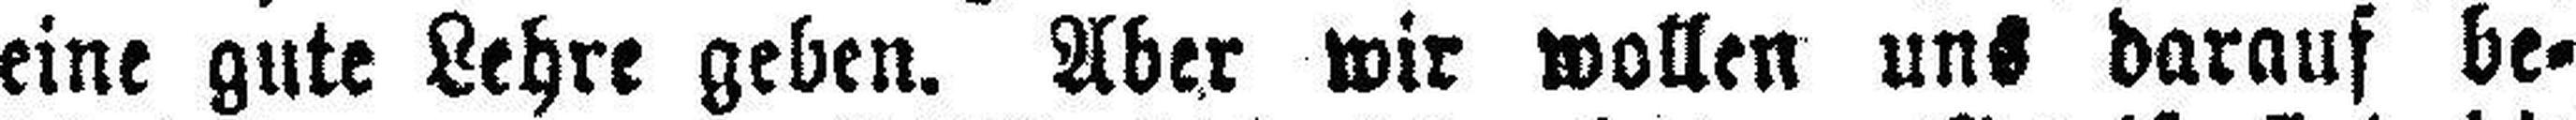
eine gute Lehre geben. Aber wir wollen uns darauf be¬